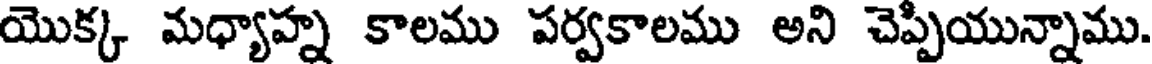
యొక్క మధ్యాహ్న కాలము పర్వకాలము అని చెప్పియున్నాము.